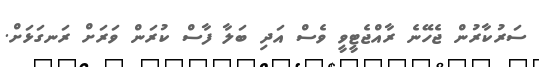
ސަރުކާރުން ޖެހޭނެ ރާއްޖެޓީވީ ވެސް އަދި ބަލާ ފާސް ކުރަން ވަރަށް ރަނގަޅަށް.